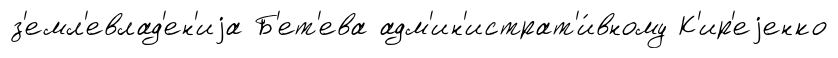
з'емл'евлад'ен'иjа Б'ет'ева адм'ин'истрат'и́вному К'ир'еjенко